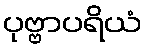
ပုဗ္ဗာပရိယံ